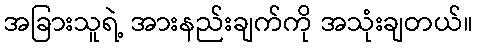
အခြားသူရဲ့ အားနည်းချက်ကို အသုံးချတယ်။